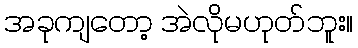
အခုကျတော့ အဲလိုမဟုတ်ဘူး။